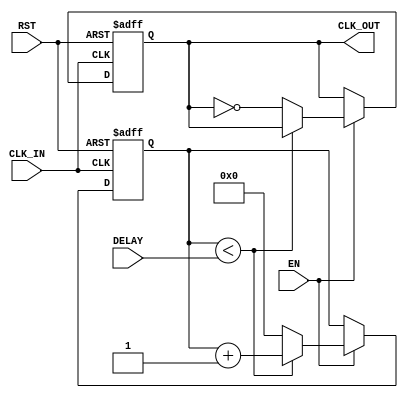
module DelayClockBuffer (
    input wire CLK_IN,      // Input clock signal
    input wire EN,         // Enable signal
    input wire RST,        // Asynchronous reset signal
    input wire [3:0] DELAY, // 4-bit delay control (can be adjusted as needed)
    output reg CLK_OUT      // Output clock signal
);

    // Internal signal for delayed clock
    reg [3:0] delay_counter; // Counter for delay control

    // Asynchronous reset and enable logic
    always @(posedge CLK_IN or posedge RST) begin
        if (RST) begin
            CLK_OUT <= 1'b0; // Reset output clock to 0
            delay_counter <= 4'b0; // Reset delay counter
        end else if (EN) begin
            // Implement delay logic
            if (delay_counter < DELAY) begin
                delay_counter <= delay_counter + 1; // Increment delay counter
            end else begin
                CLK_OUT <= ~CLK_OUT; // Toggle output clock after delay
                delay_counter <= 4'b0; // Reset delay counter
            end
        end
    end

    // Initialize output clock
    initial begin
        CLK_OUT = 1'b0; // Start with output clock low
    end

endmodule